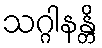
သဂ္ဂါနန္တိ